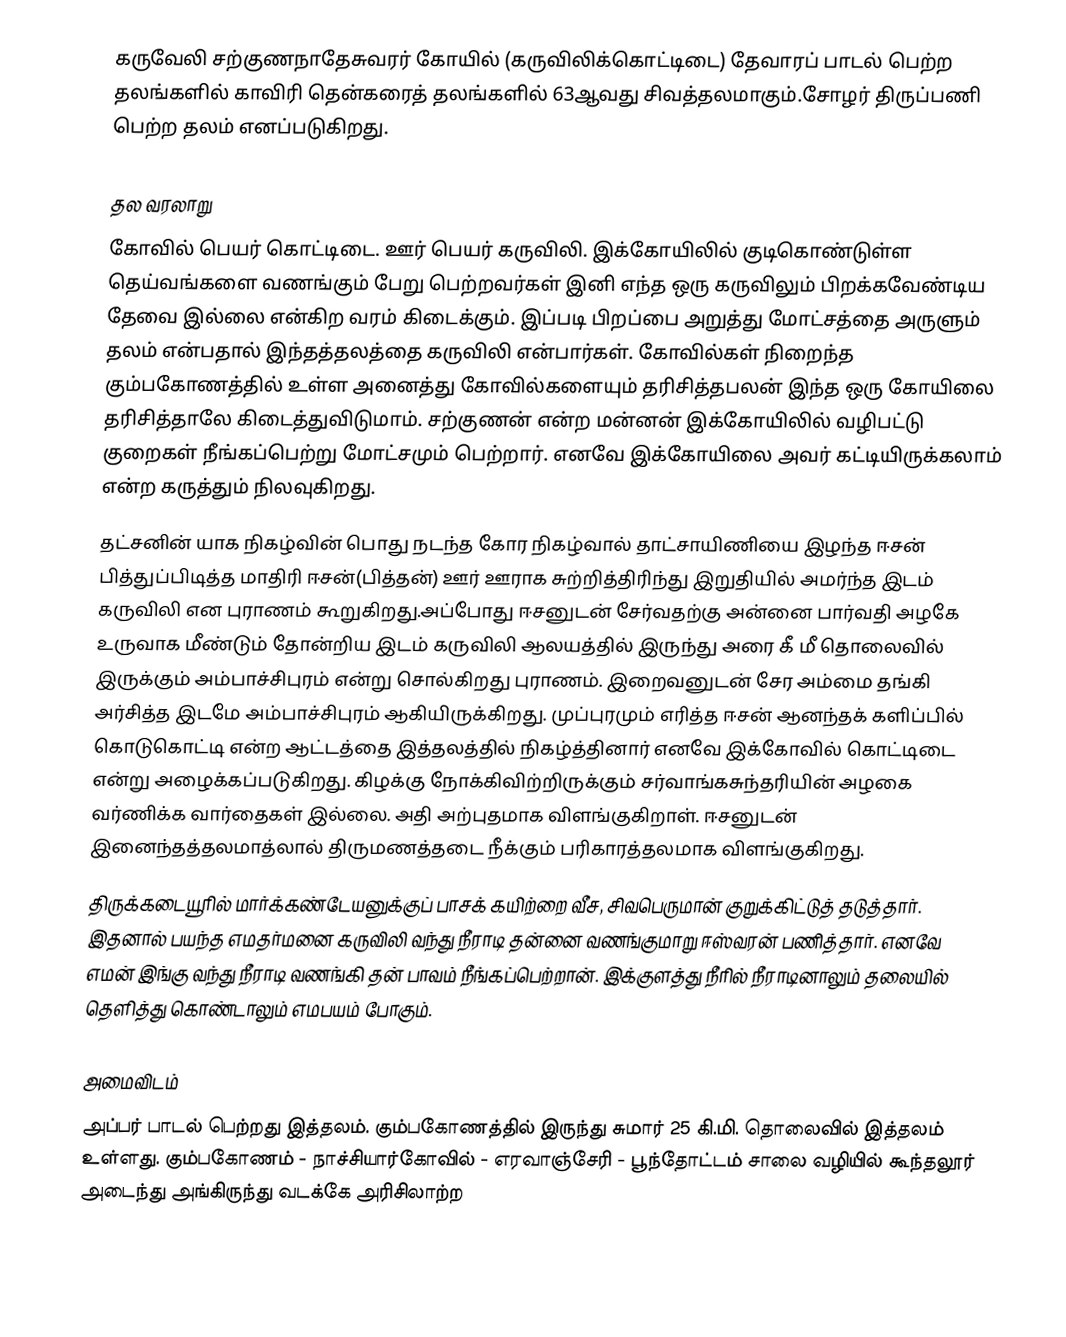
கருவேலி சற்குணநாதேசுவரர் கோயில் (கருவிலிக்கொட்டிடை) தேவாரப் பாடல் பெற்ற தலங்களில் காவிரி தென்கரைத் தலங்களில் 63ஆவது சிவத்தலமாகும்.சோழர் திருப்பணி பெற்ற தலம் எனப்படுகிறது.

தல வரலாறு
கோவில் பெயர் கொட்டிடை. ஊர் பெயர் கருவிலி. இக்கோயிலில் குடிகொண்டுள்ள தெய்வங்களை வணங்கும் பேறு பெற்றவர்கள் இனி எந்த ஒரு கருவிலும் பிறக்கவேண்டிய தேவை இல்லை என்கிற வரம் கிடைக்கும். இப்படி பிறப்பை அறுத்து மோட்சத்தை அருளும் தலம் என்பதால் இந்தத்தலத்தை கருவிலி என்பார்கள். கோவில்கள் நிறைந்த கும்பகோணத்தில் உள்ள அனைத்து கோவில்களையும் தரிசித்தபலன் இந்த ஒரு கோயிலை தரிசித்தாலே கிடைத்துவிடுமாம். சற்குணன் என்ற மன்னன் இக்கோயிலில் வழிபட்டு குறைகள் நீங்கப்பெற்று மோட்சமும் பெற்றார். எனவே இக்கோயிலை அவர் கட்டியிருக்கலாம் என்ற கருத்தும் நிலவுகிறது.
தட்சனின் யாக நிகழ்வின் பொது நடந்த கோர நிகழ்வால் தாட்சாயிணியை இழந்த ஈசன் பித்துப்பிடித்த மாதிரி ஈசன்(பித்தன்) ஊர் ஊராக சுற்றித்திரிந்து இறுதியில் அமர்ந்த இடம் கருவிலி என புராணம் கூறுகிறது.அப்போது ஈசனுடன் சேர்வதற்கு அன்னை பார்வதி அழகே உருவாக மீண்டும் தோன்றிய இடம் கருவிலி ஆலயத்தில் இருந்து அரை கீ மீ தொலைவில் இருக்கும் அம்பாச்சிபுரம் என்று சொல்கிறது புராணம். இறைவனுடன் சேர அம்மை தங்கி அர்சித்த இடமே அம்பாச்சிபுரம் ஆகியிருக்கிறது. முப்புரமும் எரித்த ஈசன் ஆனந்தக் களிப்பில் கொடுகொட்டி என்ற ஆட்டத்தை இத்தலத்தில் நிகழ்த்தினார் எனவே இக்கோவில் கொட்டிடை என்று அழைக்கப்படுகிறது. கிழக்கு நோக்கிவிற்றிருக்கும் சர்வாங்கசுந்தரியின் அழகை வர்ணிக்க வார்தைகள் இல்லை. அதி அற்புதமாக விளங்குகிறாள். ஈசனுடன் இனைந்தத்தலமாத்லால் திருமணத்தடை நீக்கும் பரிகாரத்தலமாக விளங்குகிறது.
திருக்கடையூரில் மார்க்கண்டேயனுக்குப் பாசக் கயிற்றை வீச, சிவபெருமான் குறுக்கிட்டுத் தடுத்தார். இதனால் பயந்த எமதர்மனை கருவிலி வந்து நீராடி தன்னை வணங்குமாறு ஈஸ்வரன் பணித்தார். எனவே எமன் இங்கு வந்து நீராடி வணங்கி தன் பாவம் நீங்கப்பெற்றான். இக்குளத்து நீரில் நீராடினாலும் தலையில் தெளித்து கொண்டாலும் எமபயம் போகும்.

அமைவிடம்
அப்பர் பாடல் பெற்றது இத்தலம். கும்பகோணத்தில் இருந்து சுமார் 25 கி.மி. தொலைவில் இத்தலம் உள்ளது. கும்பகோணம் - நாச்சியார்கோவில் - எரவாஞ்சேரி - பூந்தோட்டம் சாலை வழியில் கூந்தலூர் அடைந்து அங்கிருந்து வடக்கே அரிசிலாற்ற